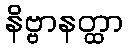
နိဗ္ဗာနတ္ထာ